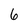
Character: 6